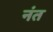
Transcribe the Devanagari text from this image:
नंत